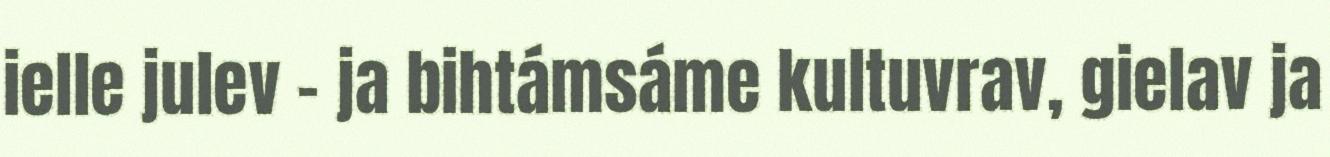
ielle julev – ja bihtámsáme kultuvrav, gielav ja